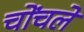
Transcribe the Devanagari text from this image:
चोंचले